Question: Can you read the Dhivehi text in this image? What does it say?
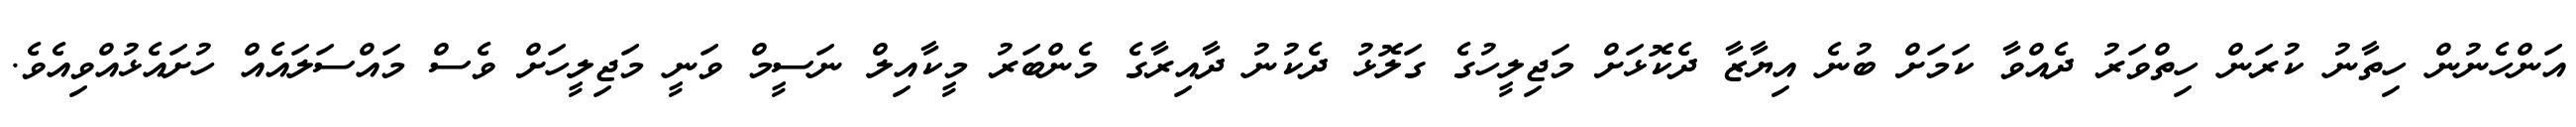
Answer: އަންހެނުން ހިތާނު ކުރަން ހިތްވަރު ދެއްވާ ކަމަށް ބުނެ އިޔާޒާ ދެކޮޅަށް މަޖިލީހުގެ ގަލޮޅު ދެކުނު ދާއިރާގެ މެންބަރު މީކާއިލް ނަސީމް ވަނީ މަޖިލީހަށް ވެސް މައްސަލައެއް ހުށައެޅުއްވިއެވެ.